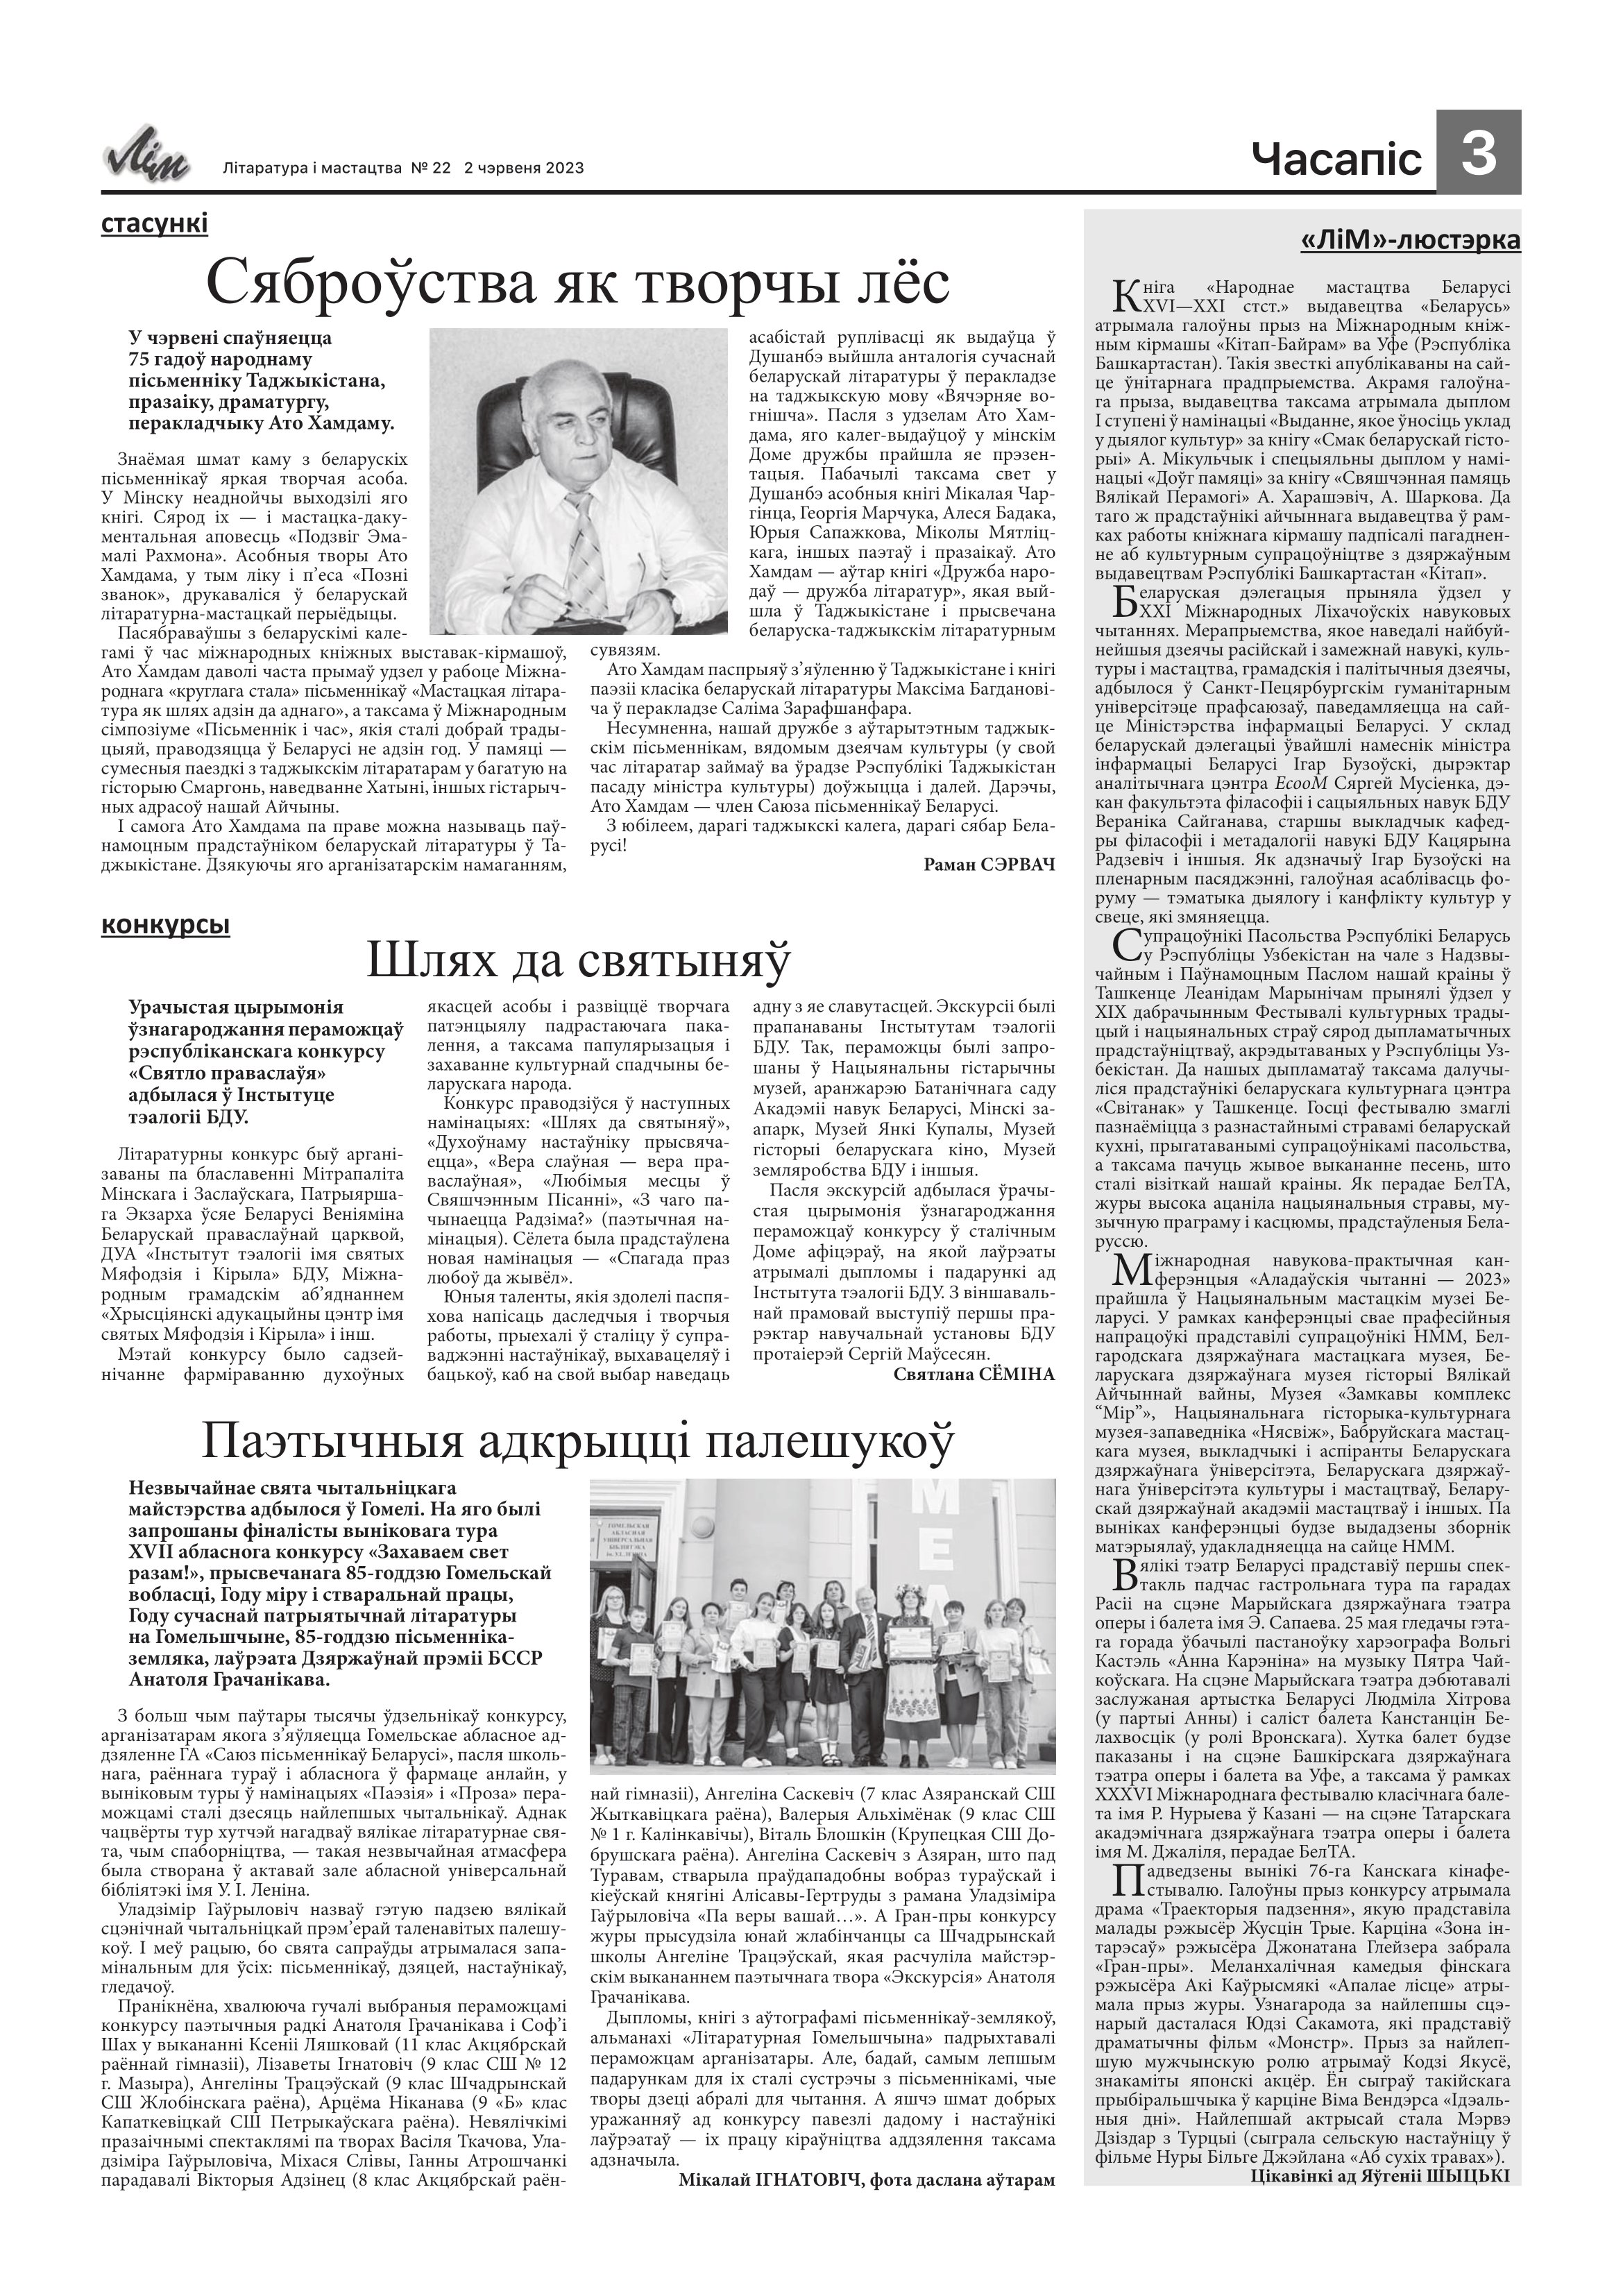
Language: be